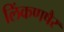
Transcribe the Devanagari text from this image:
लिंकणषैर